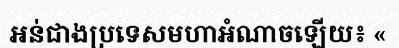
អន់ជាងប្រទេសមហាអំណាចឡើយ៖ «